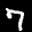
Label: 7